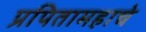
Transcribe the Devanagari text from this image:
प्रपितामहाचे